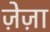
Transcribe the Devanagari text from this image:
ज़ेज़ा